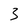
Character: 3